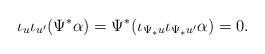
LaTeX: \begin{align*}\iota_u\iota_{u'} (\Psi^*\alpha) = \Psi^*(\iota_{\Psi_*u}\iota_{\Psi_*u'}\alpha) = 0.\end{align*}